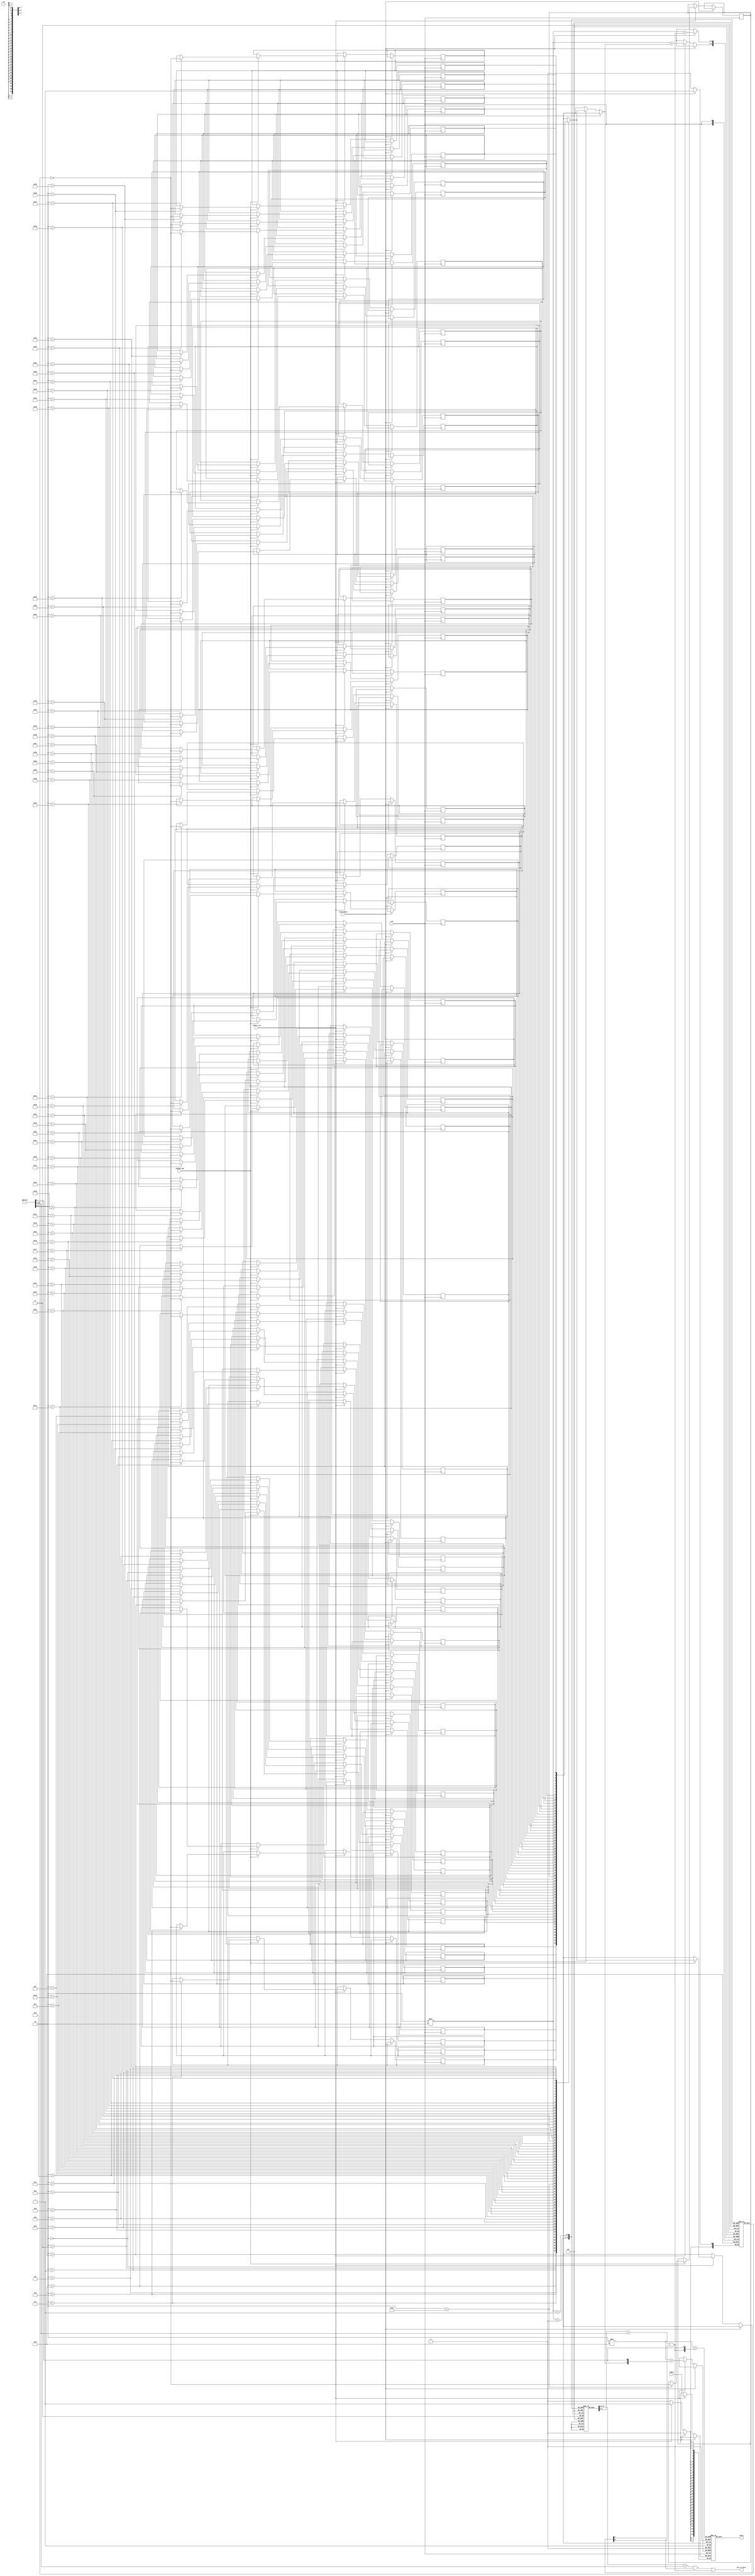
module cache(
  clk,
  rst,
  address,
  wdata,
  cache_w_en,
  invalidate,
  change_LRU,
  //SRAM_w_en,

  hit_or_miss,
  rdata
  );

  input clk,rst;
  input[18:0] address;
  input[31:0] wdata;
  input cache_w_en;
  input invalidate;
  input change_LRU;

  output hit_or_miss;
  output[31:0] rdata;

  reg[31:0] datablk[0:63][0:3];

  // reg[31:0] datablk00 [0:63];//block 0 from way 0
  // reg[31:0] datablk10 [0:63];//block 1 from way 0
  // reg[31:0] datablk01 [0:63];//block 0 from way 1
  // reg[31:0] datablk11 [0:63];//block 1 from way 1

  reg[9:0] tag [0:63][0:1];

  reg valid [0:63][0:1];

  reg LRU [0:63];

  wire hit_or_miss0, hit_or_miss1;
  wire[9:0] tag_in;
  wire[5:0] index;
  wire LSB_or_MSB;

  assign tag_in=address[18:9];
  assign index=address[8:3];
  assign LSB_or_MSB=address[2];

  assign hit_or_miss0=((tag[index][0] == tag_in) && valid[index][0]);
  assign hit_or_miss1=((tag[index][1] == tag_in) && valid[index][1]);
  assign hit_or_miss=(hit_or_miss0 | hit_or_miss1);

  assign rdata=datablk[index][{hit_or_miss1,LSB_or_MSB}];

  // always@(*)begin
  //   case({hit_or_miss0,hit_or_miss1,LSB_or_MSB})
  //     3'b100:begin rdata=datablk00[index]; LRU[index]=1'b1; end
  //     3'b101:begin rdata=datablk01[index]; LRU[index]=1'b0; end
  //     3'b010:begin rdata=datablk10[index]; LRU[index]=1'b1; end
  //     3'b011:begin rdata=datablk11[index]; LRU[index]=1'b0; end
  //     default: rdata=32'b0;
  //   endcase
  // end

  always@(posedge clk)begin
    if(invalidate)
      valid[index][hit_or_miss1]<=1'b0;
    else if(cache_w_en)begin
      valid[index][LRU[index]]<=1'b1;
      datablk[index][{LRU[index],LSB_or_MSB}]<=wdata;
      if(change_LRU)
        LRU[index]<=~LRU[index];
      // if(LRU[index])begin//write in way 1
      //   if(LSB_or_MSB)
      //     datablk11[index]<=wdata;
      //   else
      //     datablk01[index]<=wdata;
      // end
      // else begin//write in way 0
      //   if(LSB_or_MSB)
      //     datablk10[index]<=wdata;
      //   else
      //     datablk00[index]<=wdata;
      // end
    end
  end

  integer i;
  initial begin
    for(i=0;i<64;i=i+1)begin
      valid[i][0]=1'b0;
      valid[i][1]=1'b0;
      tag[i][0]=10'b0;
      tag[i][1]=10'b0;
      LRU[i]=1'b0;
    end
  end

endmodule